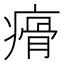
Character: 㾶